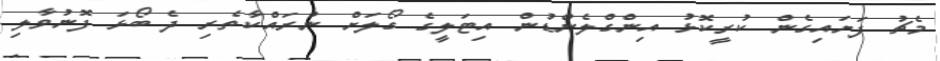
މެޗު ފަށައިގެން ކުރީކޮޅު އިންގްލެންޑުން އިޓަލީގެ ގޯލަށް ނުރައްކާތެރި ދެ ބޯޅަ ފޮނުވާލި